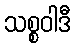
သစ္စဝါဒီ